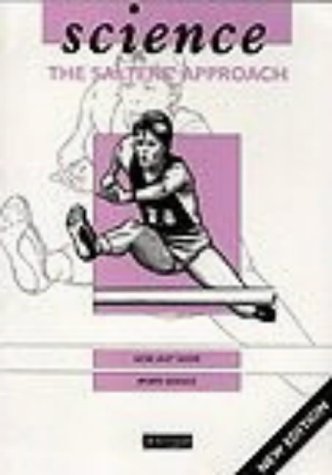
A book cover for Sports Science: GCSE Unit Guide (Science, the Salters' Approach); University of York Science Education Group; Sports & Outdoors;